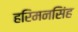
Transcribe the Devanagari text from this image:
हरिमनसिंह